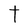
Character: t